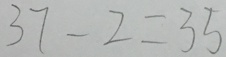
3 7 - 2 = 3 5